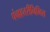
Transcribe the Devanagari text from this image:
पंचाहत्तरीनिमित्त